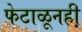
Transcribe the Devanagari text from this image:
फेटाळूनही